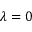
\lambda = 0